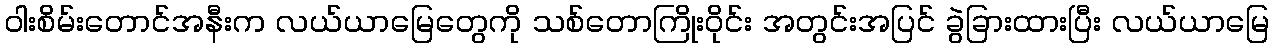
ဝါးစိမ်းတောင်အနီးက လယ်ယာမြေတွေကို သစ်တောကြိုးဝိုင်း အတွင်းအပြင် ခွဲခြားထားပြီး လယ်ယာမြေ